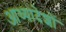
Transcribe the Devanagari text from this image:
आध्यादेशों